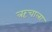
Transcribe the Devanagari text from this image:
ऋचाला